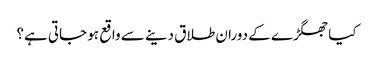
کیا جھگڑے کے دوران طلاق دینے سے واقع ہو جاتی ہے؟